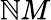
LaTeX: \mathbb{N}M